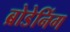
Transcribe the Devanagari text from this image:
ब्रोडेनिंग